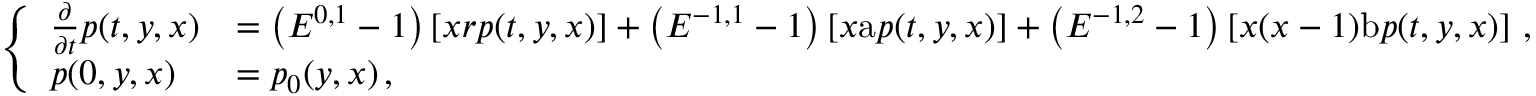
\left\{ \begin{array} { l l } { \frac { \partial } { \partial t } p ( t , y , x ) } & { = \left( E ^ { 0 , 1 } - 1 \right) \left[ x r p ( t , y , x ) \right] + \left( E ^ { - 1 , 1 } - 1 \right) \left[ x \mathrm { a } p ( t , y , x ) \right] + \left( E ^ { - 1 , 2 } - 1 \right) \left[ x ( x - 1 ) \mathrm { b } p ( t , y , x ) \right] \, , } \\ { p ( 0 , y , x ) } & { = p _ { 0 } ( y , x ) \, , } \end{array} \right.